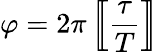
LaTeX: \varphi=2\pi\left[\! \! \left[{\frac{\tau}{T}}\right]\! \! \right]